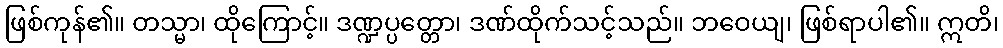
ဖြစ်ကုန်၏။ တသ္မာ၊ ထိုကြောင့်။ ဒဏ္ဍပ္ပတ္တော၊ ဒဏ်ထိုက်သင့်သည်။ ဘဝေယျ၊ ဖြစ်ရာပါ၏။ ဣတိ၊